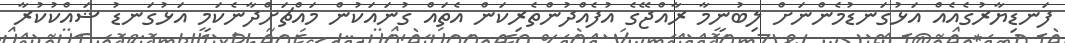
ފަނޑިޔާރުގެއެއް އަޅުގަނޑުމެންނަށް ލިބުނީމާ ރާއްޖޭގެ އުފެއްދުންތެރިކަން އެތައް ގުނައަކުން މައްޗަށްދާނެކަމީ އަޅުގަނޑު ޝައްކުކުރާ